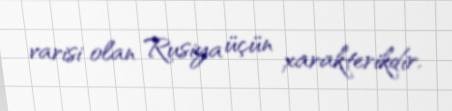
varisi olan Rusiya üçün xarakterikdir.